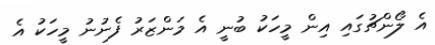
އެ ލޯންޗުގައި އިން މީހަކު ބުނީ އެ މަންޒަރު ފެނުނު މީހަކު އެ